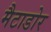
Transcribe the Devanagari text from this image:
मैटाडोर